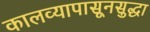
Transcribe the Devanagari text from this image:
कालव्यापासूनसुद्धा